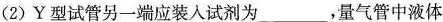
(2)Y型试管另一端应装入试剂为___，量气管中液体